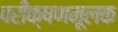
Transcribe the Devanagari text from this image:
परीक्षणमूलक